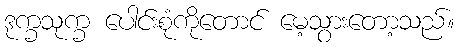
ဒုက္ခသုက္ခ ပေါင်းစုံကိုတောင် မေ့သွားတော့သည်။